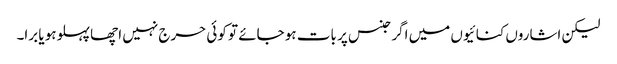
لیکن اشاروں کنائیوں میں اگر جنس پر بات ہو جائے تو کوئی حرج نہیں اچھا پہلوہو یا برا۔